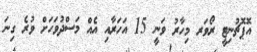
އޮޕޮޗުނިޓީ ރޯވަރ މިހާރު ވަނީ 15 އަހަރާއި އެއް މަސްދުވަހަށް ވުރެ ގިނަ